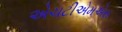
એચટીએમએસ